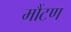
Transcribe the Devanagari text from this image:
मौंटण